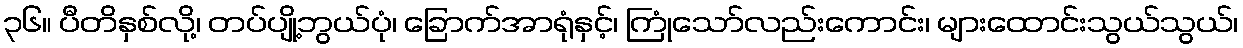
၃၆။ ပီတိနှစ်လို့၊ တပ်ပျို့ဘွယ်ပုံ၊ ခြောက်အာရုံနှင့်၊ ကြုံသော်လည်းကောင်း၊ များထောင်းသွယ်သွယ်၊